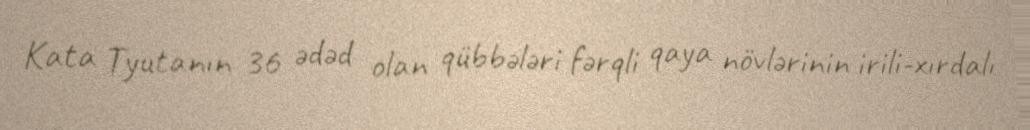
Kata Tyutanın 36 ədəd olan qübbələri fərqli qaya növlərinin irili-xırdalı